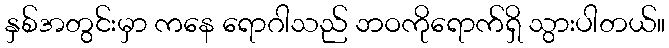
နှစ်အတွင်းမှာ ကနေ ရောဂါသည် ဘဝကိုရောက်ရှိ သွားပါတယ်။